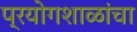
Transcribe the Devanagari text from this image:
प्रयोगशाळांचा